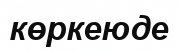
көркеюде